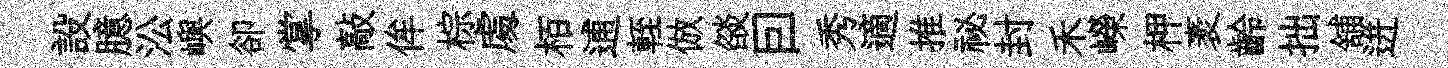
設臆㳂嶼卻掌敲侔棕䖏栢逋輊倣燄囙秀適推祕封禾嶸柙袤齡拙舖迸